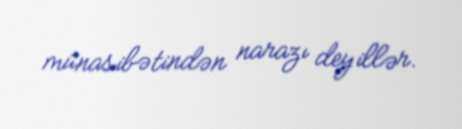
münasibətindən narazı deyillər.